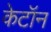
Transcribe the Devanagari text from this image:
केटॉन